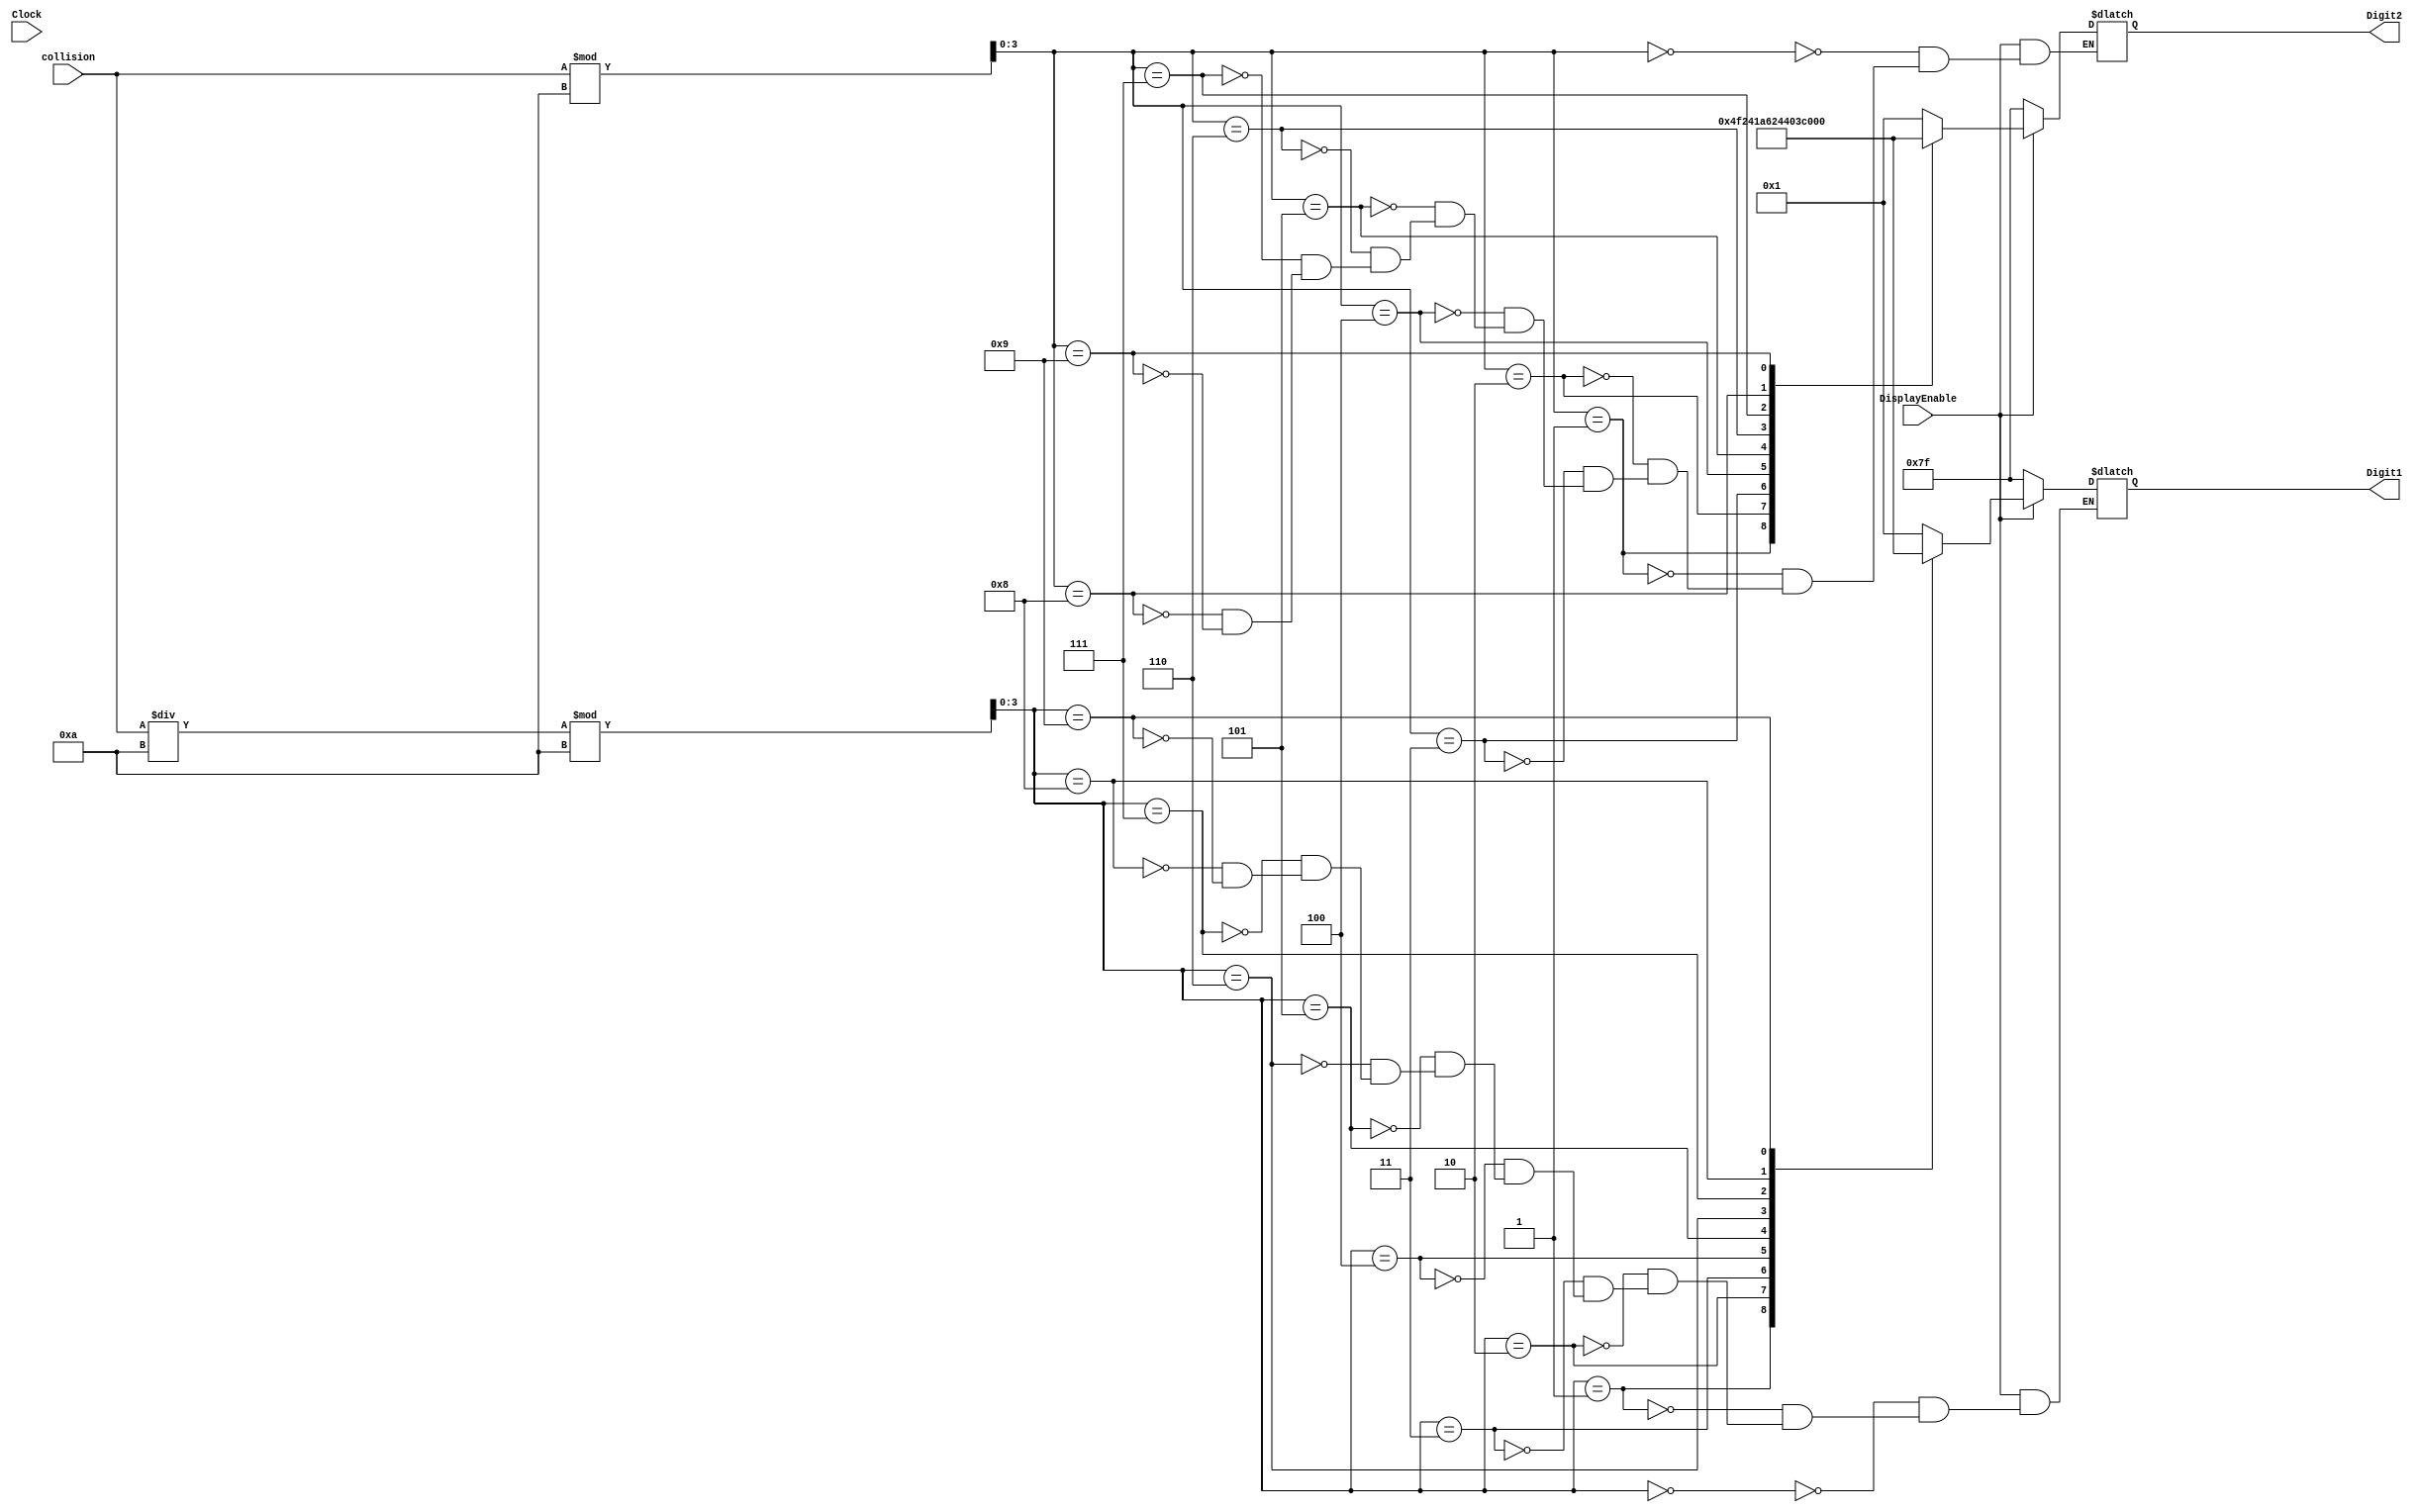
`timescale 1ns / 1ns
module collisionToHex(
    input [5:0] collision,
    input Clock,
    input DisplayEnable,
    output reg [6:0] Digit1,
    output reg [6:0] Digit2
); 

localparam  NOTHING        = 7'b1111111,
            ZERO           = 7'b0000001,
            ONE            = 7'b1001111,
            TWO            = 7'b0010010,
			THREE	       = 7'b0000110,
            FOUR           = 7'b1001100,
            FIVE           = 7'b0100100,
            SIX            = 7'b0100000,
            SEVEN          = 7'b0001111,
            EIGHT          = 7'b0000000,
            NINE           = 7'b0000100;

reg [3:0] OnesDigit;
reg [3:0] TensDigit;

always@(*)
begin

    OnesDigit = collision % 10;
    TensDigit = (collision / 10) % 10;
    
    case(TensDigit)
        0: Digit1 = ZERO;
        1: Digit1 = ONE;
        2: Digit1 = TWO;
        3: Digit1 = THREE;
        4: Digit1 = FOUR;
        5: Digit1 = FIVE;
        6: Digit1 = SIX;
        7: Digit1 = SEVEN;
        8: Digit1 = EIGHT;
        9: Digit1 = NINE;
    endcase

    case(OnesDigit)
        0: Digit2 = ZERO;
        1: Digit2 = ONE;
        2: Digit2 = TWO;
        3: Digit2 = THREE;
        4: Digit2 = FOUR;
        5: Digit2 = FIVE;
        6: Digit2 = SIX;
        7: Digit2 = SEVEN;
        8: Digit2 = EIGHT;
        9: Digit2 = NINE;
    endcase
    if(!DisplayEnable)
    begin 
        Digit1 = NOTHING;
        Digit2 = NOTHING;
    end
end
endmodule